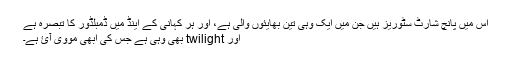
اس میں پانچ شارٹ سٹوریز ہیں جن میں ایک وہی تین بھایئوں والی ہے، اور ہر کہانی کے اینڈ میں ڈمبلڈور کا تبصرہ ہے
اور twilight بھی وہی ہے جس کی ابھی مووی آئ ہے۔